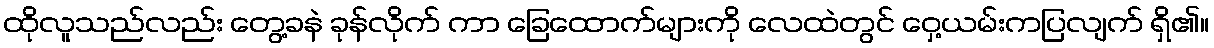
ထိုလူသည်လည်း တွေ့ခနဲ ခုန်လိုက် ကာ ခြေထောက်များကို လေထဲတွင် ဝှေ့ယမ်းကပြလျက် ရှိ၏။